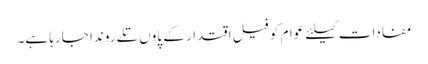
مفادات کیلئے عوام کو فیلِ اقتدار کے پاوں تلے روندا جارہا ہے۔